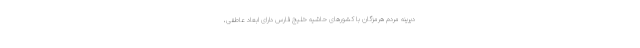
دیرینه مردم هرمزگان با کشورهای حاشیه خلیج فارس دارای ابعاد عاطفی،